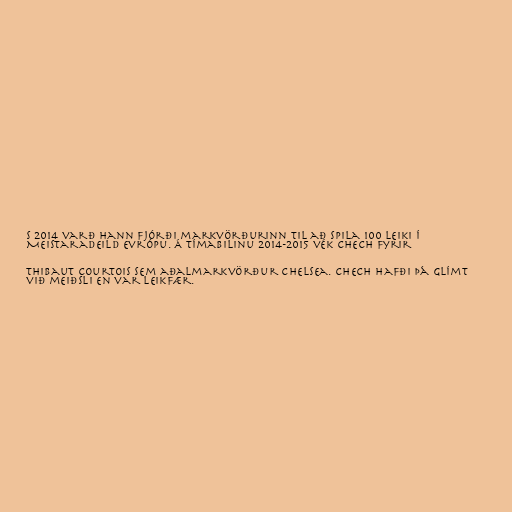
s 2014 varð hann fjórði markvörðurinn til að spila 100 leiki í
Meistaradeild Evrópu. Á tímabilinu 2014-2015 vék Chech fyrir

Thibaut Courtois sem aðalmarkvörður Chelsea. Chech hafði þá glímt
við meiðsli en var leikfær.